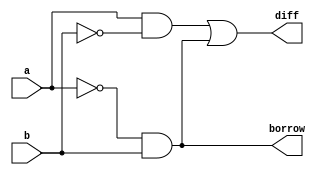
module half_subtractor
(
   input wire a,b,
   output wire diff,borrow
);
assign diff=(a&~b)|(~a&b);
assign borrow=~a&b;
endmodule